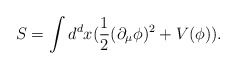
\begin{align*}S=\int d^{d}x (\frac{1}{2} (\partial_{\mu} \phi)^2 + V(\phi)).\end{align*}